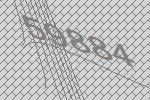
59884